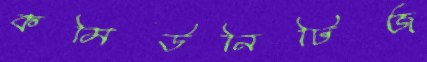
কমিউনিটিজ